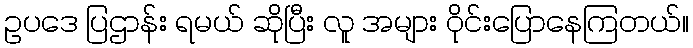
ဥပဒေ ပြဌာန်း ရမယ် ဆိုပြီး လူ အများ ဝိုင်းပြောနေကြတယ်။